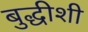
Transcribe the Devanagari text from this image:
बुद्धीशी